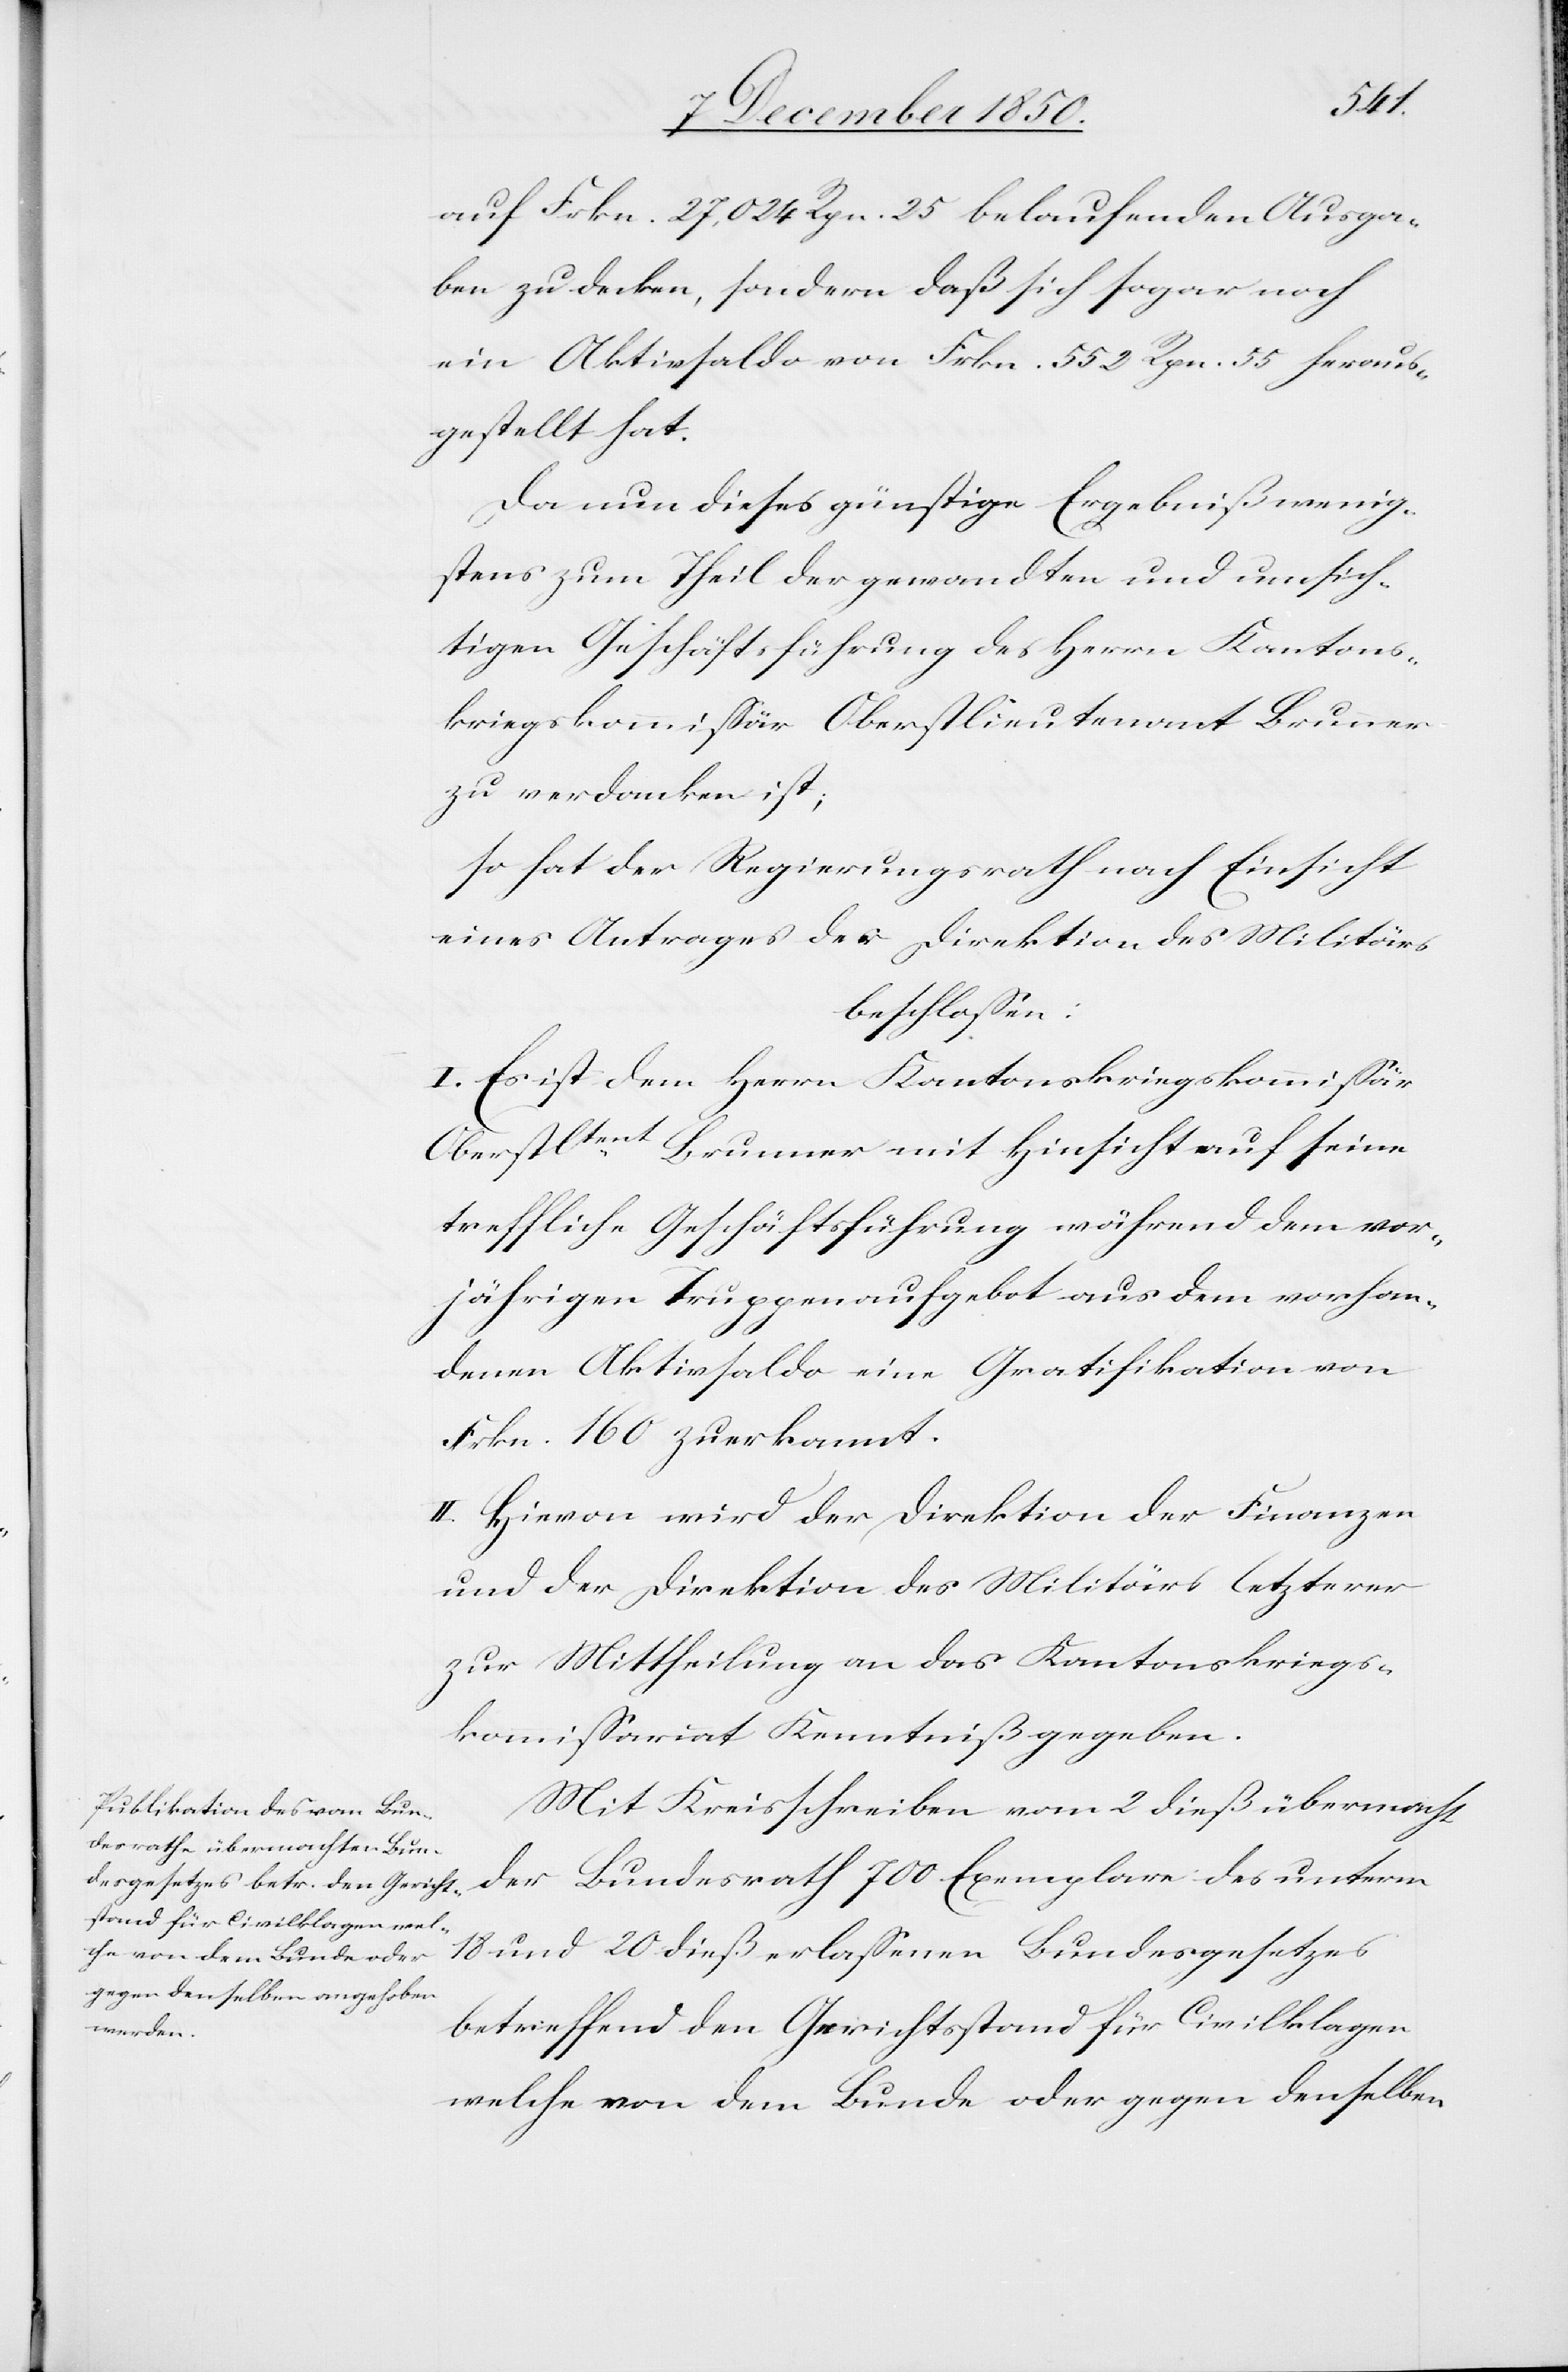
auf Frkn. 27,024 Rpn. 25 belaufenden Ausga¬
ben zu decken, sondern daß sich sogar noch
ein Aktivsaldo von Frkn. 552 Rpn. 55 heraus¬
gestellt hat.
Da nun dieses günstige Ergebniß wenig¬
stens zum Theil der gewandten und umsich¬
tigen Geschäftsführung des Herrn Kantons¬
kriegskommissär Oberstlieutenant Brunner
zu verdanken ist;
so hat der Regierungsrath nach Einsicht
eines Antrages der Direktion des Militärs
beschlossen:
I. Es ist dem Herrn Kantonskriegskommissär
Oberstltent Brunner mit Hinsicht auf seine
treffliche Geschäftsführung während dem vor¬
jährigen Truppenaufgebot aus dem vorhan¬
denen Aktivsaldo eine Gratifikation von
Frkn. 160 zuerkannt.
II. Hievon wird der Direktion der Finanzen
und der Direktion des Militärs letzterer
zur Mittheilung an das Kantonskriegs¬
kommissariat Kenntniß gegeben.
Mit Kreisschreiben vom 2 dieß übermacht
der Bundesrath 700 Exemplare des unterm
18 und 20 dieß erlassenen Bundesgesetzes
betreffend den Gerichtsstand für Civilklagen
welche von dem Bunde oder gegen denselben